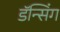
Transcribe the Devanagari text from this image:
डॅन्सिंग